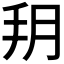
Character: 𦙚